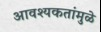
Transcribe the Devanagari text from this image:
आवश्यकतांमुळे